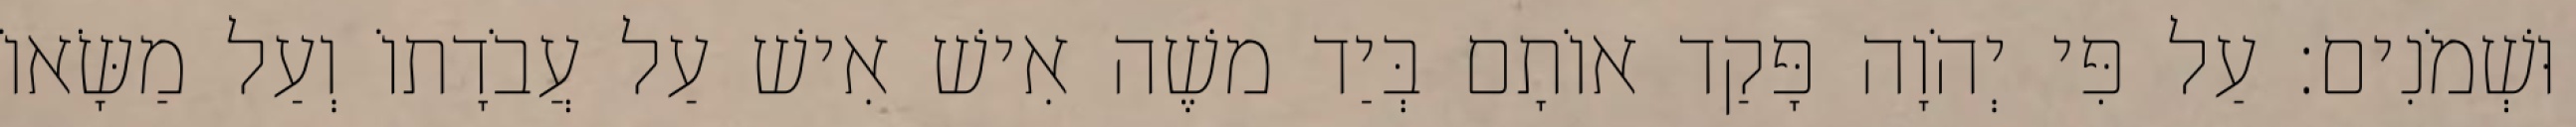
וּשְׁמֹנִים׃ עַל פִּי יְהֹוָה פָּקַד אוֹתָם בְּיַד משֶׁה אִישׁ אִישׁ עַל עֲבֹדָתוֹ וְעַל מַשָּׂאוֹ